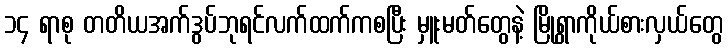
၁၄ ရာစု တတိယအက်ဒွပ်ဘုရင်လက်ထက်ကစပြီး မှူးမတ်တွေနဲ့ မြို့ရွာကိုယ်စားလှယ်တွေ